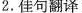
2.佳句翻译